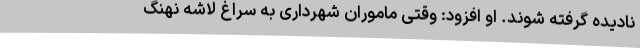
نادیده گرفته شوند. او افزود: وقتی ماموران شهرداری به سراغ لاشه نهنگ